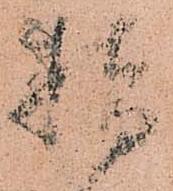
指